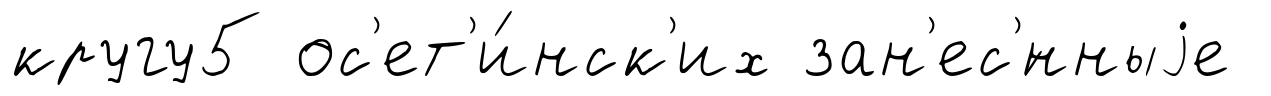
кругу5 ос'ет'и́нск'их зан'ес'́нныjе